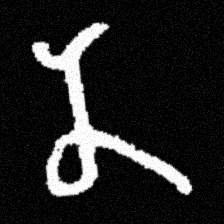
Pyu character \u2014 Myanmar letter: န (romanized: na)